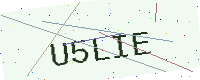
Text: U5LIE